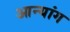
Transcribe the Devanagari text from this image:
आन्यांग